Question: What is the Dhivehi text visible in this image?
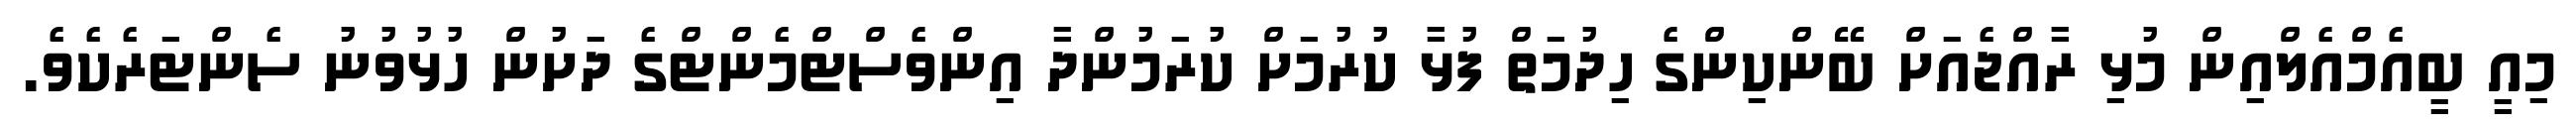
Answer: މިއީ ބީއެމްއެލްއިން މުޅި ރާއްޖެއަށް ބޭންކިންގެ ހިދުމަތް ފުޅާ ކުރުމަށް ކުރަމުންދާ އިންވެސްޓްމެންޓްގެ ދަށުން ހުޅުވުނު ސެންޓަރެކެވެ.